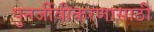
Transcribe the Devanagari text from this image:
पुनर्जीवीकरणासाठी